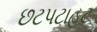
છટપટાહટ